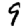
Digit: 9